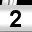
Digit: 2